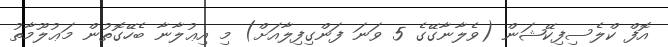
އޮފް ކްލެސިފިކޭޝަން (ވެލާނާގޭގެ 5 ވަނަ ފަންގިފިލާއަށް) މި އިޢުލާނާ ބެހޭގޮތުން މަޢުލޫމާތު